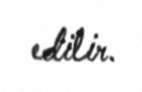
edilir.